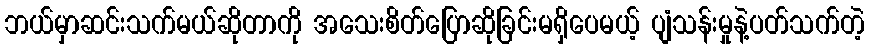
ဘယ်မှာဆင်းသက်မယ်ဆိုတာကို အသေးစိတ်ပြောဆိုခြင်းမရှိပေမယ့် ပျံသန်းမှုနဲ့ပတ်သက်တဲ့